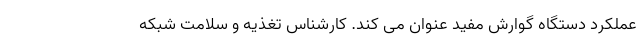
عملکرد دستگاه گوارش مفید عنوان می کند. کارشناس تغذیه و سلامت شبکه